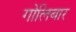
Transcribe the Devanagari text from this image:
गोलिबार